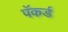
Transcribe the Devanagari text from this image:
पॅकर्ड